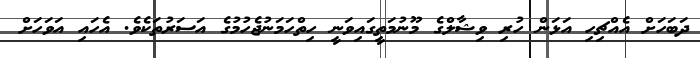
ދަބަހަށް އެއްޗިހި އަޅަން ހުރި ވިޝާލްގެ މޫނުމަތީގައިވަނީ ހިތްހަމަނުޖެހުމުގެ އަސަރުތަކެވެ. އެހައި އަވަހަށް